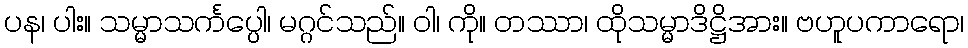
ပန၊ ပါး။ သမ္မာသင်္ကပ္ပေါ၊ မဂ္ဂင်သည်။ ဝါ၊ ကို။ တဿာ၊ ထိုသမ္မာဒိဋ္ဌိအား။ ဗဟူပကာရော၊